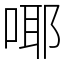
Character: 㖿